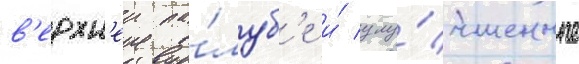
в'ерхн'еи па́луб'е и́ улу́чшенные